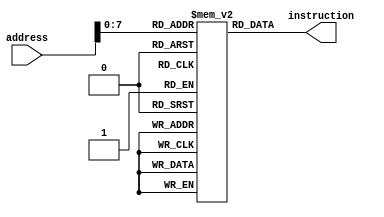
`timescale 1ns / 1ps
//////////////////////////////////////////////////////////////////////////////////
// Company: 
// Engineer: 
// 
// Design Name: 
// Module Name: instruction_memory
// Project Name: 
// Target Devices: 
// Tool Versions: 
// Description: 
// 
// Dependencies: 
// 
// Revision:
// Revision 0.01 - File Created
// Additional Comments:
// 
//////////////////////////////////////////////////////////////////////////////////


module Instruction_memory(
    input [31:0] address,
    output [31:0] instruction
    );
    reg [31:0] memory [128:0];
    
    integer i;
    initial begin
        for (i=0; i<128; i=i+1)
            memory[i] = 0;
        memory[0] = 32'h20080004;
        memory[4] = 32'h8d110000;
        memory[8] = 32'h8d120004;
        memory[12] = 32'h00009820;
        memory[16] = 32'h22310001;
        memory[20] = 32'h12320002;
        memory[24] = 32'h02719820;
        memory[28] = 32'h08000004;
        memory[32] = 32'h02729822;
        memory[36] = 32'had130008;
        memory[40] = 32'h8d130008;
        memory[44] = 32'h0800000a;
    end
    
    assign instruction[31:0] = memory[address];
endmodule